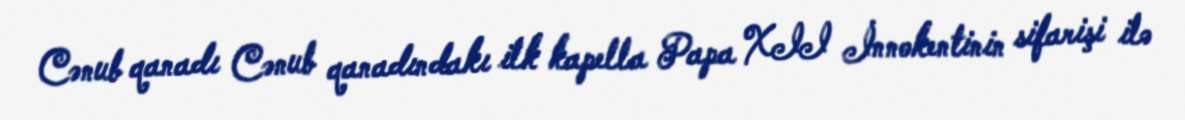
Cənub qanadı Cənub qanadındakı ilk kapella Papa XII İnnokentinin sifarişi ilə